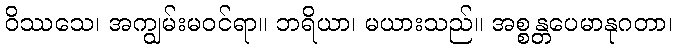
ဝိဿသေ၊ အကျွမ်းမဝင်ရာ။ ဘရိယာ၊ မယားသည်။ အစ္စန္တပေမာနုဂတာ၊